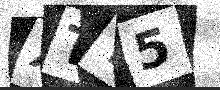
Text: XTY5